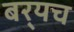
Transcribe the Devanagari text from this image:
बर्‍यच